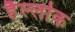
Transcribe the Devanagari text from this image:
हैल्लोक